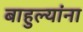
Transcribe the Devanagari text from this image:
बाहुल्यांना